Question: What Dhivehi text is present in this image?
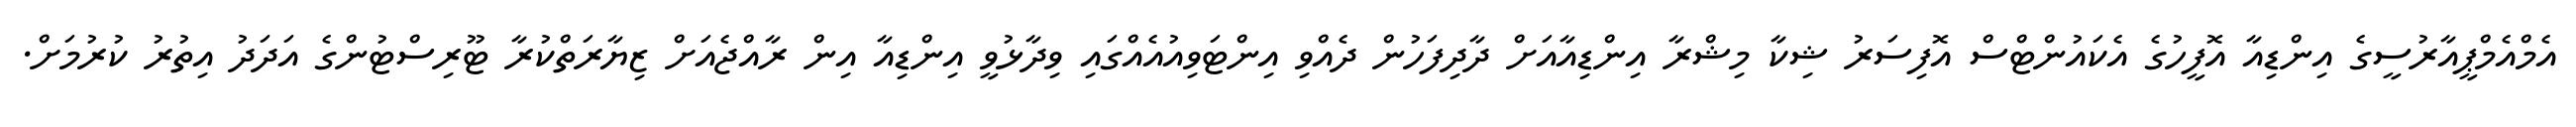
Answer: އެމްއެމްޕީއާރުސީގެ އިންޑިއާ އޮފީހުގެ އެކައުންޓްސް އޮފިސަރު ޝިކާ މިޝްރާ އިންޑިއާއަށް ދާދިފަހުން ދެއްވި އިންޓަވިއުއެއްގައި ވިދާޅުވީ އިންޑިއާ އިން ރާއްޖެއަށް ޒިޔާރަތްކުރާ ޓޫރިސްޓުންގެ އަދަދު އިތުރު ކުރުމަށް.